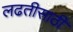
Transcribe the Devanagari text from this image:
लढतीसाठी